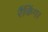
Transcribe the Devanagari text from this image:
रैंकिंग।